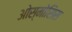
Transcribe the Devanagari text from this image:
ओस्मोसिस